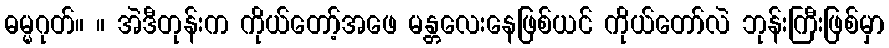
ဓမ္မဂုတ်။ ။ အဲဒီတုန်းက ကိုယ်တော့်အဖေ မန္တလေးနေဖြစ်ယင် ကိုယ်တော်လဲ ဘုန်းကြီးဖြစ်မှာ